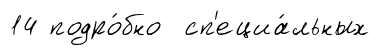
14 подро́бно сп'ециа́льных